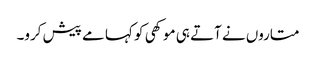
متاروں نے آتے ہی موکھی کو کہا مے پیش کرو۔